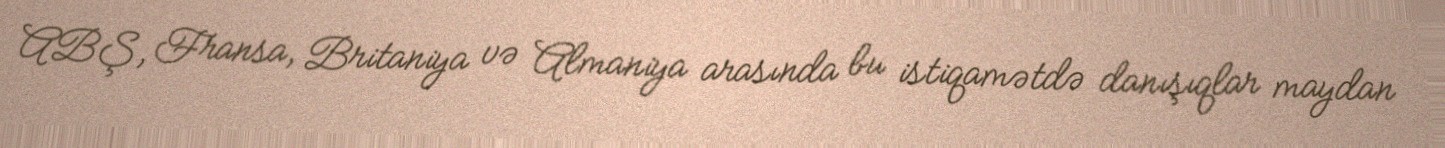
ABŞ, Fransa, Britaniya və Almaniya arasında bu istiqamətdə danışıqlar maydan